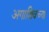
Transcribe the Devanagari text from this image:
अगाशिवच्या